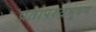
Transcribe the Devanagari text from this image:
प्रतापरुद्रभूषण